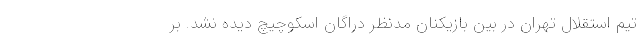
تیم استقلال تهران در بین بازیکنان مدنظر دراگان اسکوچیچ دیده نشد. بر